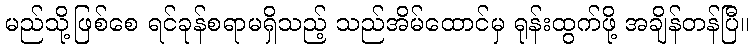
မည်သို့ဖြစ်စေ ရင်ခုန်စရာမရှိသည့် သည်အိမ်ထောင်မှ ရုန်းထွက်ဖို့ အချိန်တန်ပြီ။